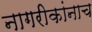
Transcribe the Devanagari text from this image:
नागरीकांनाच